画像に写った文字を読んでください
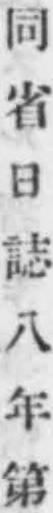
「同省日誌八年第」と書いてあります